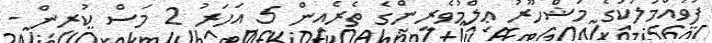
ފުވައްމުލަކުގެ މަޝްހޫރު ޢިލްމުވެރީންގެ ތެރެއިން 5 އަހަރު 2 މަސް ކުރިން -